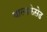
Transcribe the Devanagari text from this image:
बाल्डफेसेड